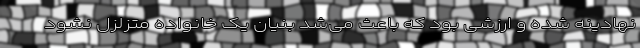
نهادینه شده و ارزشی بود که باعث می‌شد بنیان یک خانواده متزلزل نشود